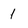
Character: 1